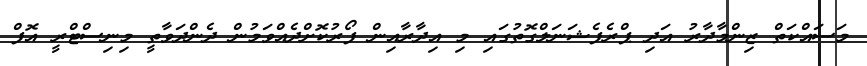
މަސައްކަތް ޒިންމާދާރު އަދި ޕްރެފެޝަނަލްގޮތުގައި މި އިދާރާއިން ފޯރުކޮށްދެއްވަމުން ދެންދަވާތީ މިނިސްޓްރީ އޮފް